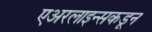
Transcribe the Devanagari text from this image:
एअरलाइन्सकडून